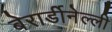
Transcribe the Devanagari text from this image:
बेरार्डीनेल्ली